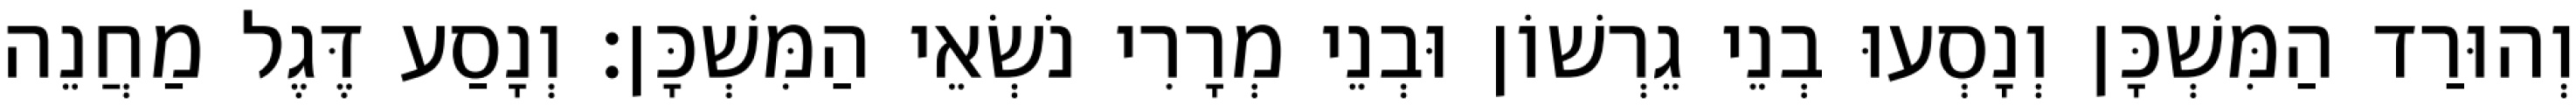
וְהוּרַד הַמִּשְׁכָּן וְנָסְעוּ בְנֵי גֵרְשׁוֹן וּבְנֵי מְרָרִי נֹשְׂאֵי הַמִּשְׁכָּן׃ וְנָסַע דֶּגֶל מַחֲנֵה